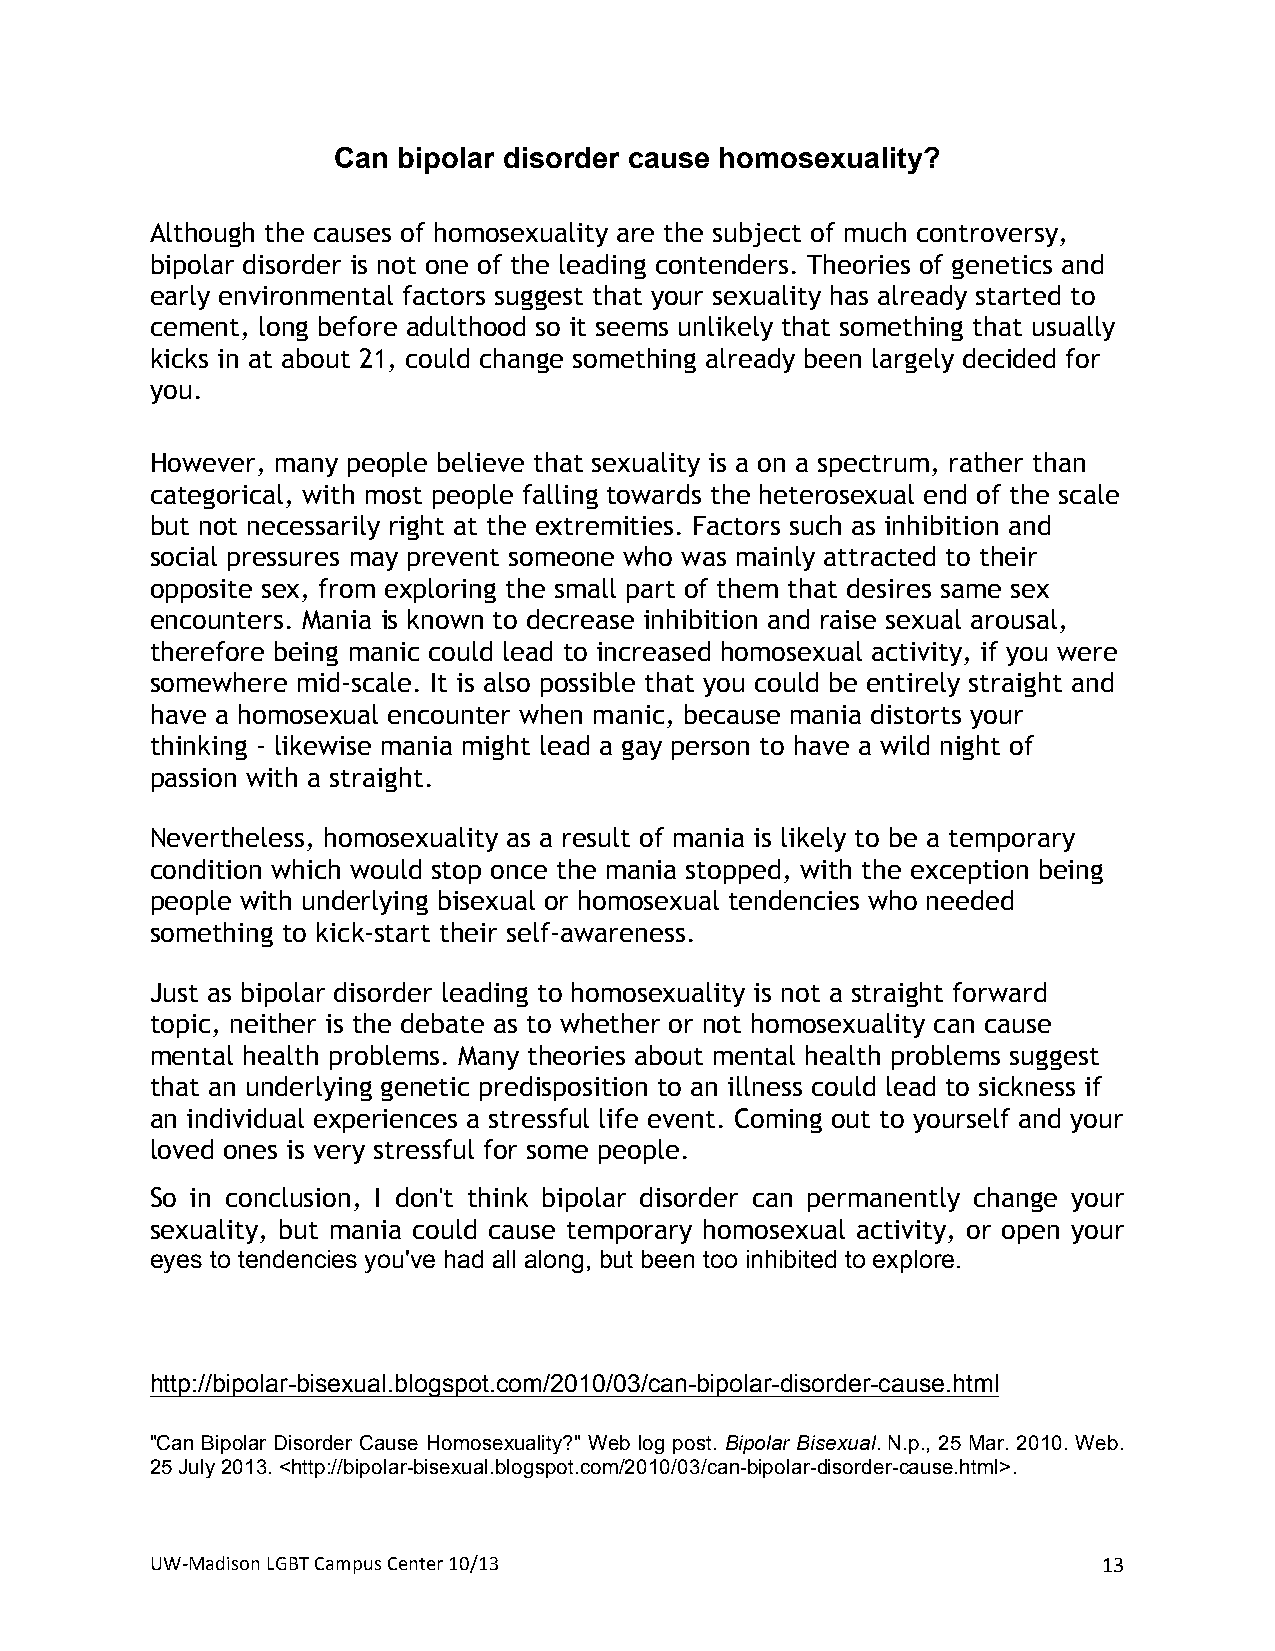
Can bipolar disorder cause homosexuality?
 Although the causes of homosexuality are the subject of much controversy,
 bipolar disorder is not one of the leading contenders. Theories of genetics and
 early environmental factors suggest that your sexuality has already started to
 cement, long before adulthood so it seems unlikely that something that usually
 kicks in at about 21, could change something already been largely decided for
 you.
 However, many people believe that sexuality is a on a spectrum, rather than
 categorical, with most people falling towards the heterosexual end of the scale
 but not necessarily right at the extremities. Factors such as inhibition and
 social pressures may prevent someone who was mainly attracted to their
 opposite sex, from exploring the small part of them that desires same sex
 encounters. Mania is known to decrease inhibition and raise sexual arousal,
 therefore being manic could lead to increased homosexual activity, if you were
 somewhere mid-scale. It is also possible that you could be entirely straight and
 have a homosexual encounter when manic, because mania distorts your
 thinking - likewise mania might lead a gay person to have a wild night of
 passion with a straight.
 Nevertheless, homosexuality as a result of mania is likely to be a temporary
 condition which would stop once the mania stopped, with the exception being
 people with underlying bisexual or homosexual tendencies who needed
 something to kick-start their self-awareness.
 Just as bipolar disorder leading to homosexuality is not a straight forward
 topic, neither is the debate as to whether or not homosexuality can cause
 mental health problems. Many theories about mental health problems suggest
 that an underlying genetic predisposition to an illness could lead to sickness if
 an individual experiences a stressful life event. Coming out to yourself and your
 loved ones is very stressful for some people.
 So in conclusion, I don't think bipolar disorder can permanently change your
 sexuality, but mania could cause temporary homosexual activity, or open your
 eyes to tendencies you've had all along, but been too inhibited to explore.
 http://bipolar-bisexual.blogspot.com/2010/03/can-bipolar-disorder-cause.html
 "Can Bipolar Disorder Cause Homosexuality?" Web log post. Bipolar Bisexual. N.p., 25 Mar. 2010. Web.
 25 July 2013. <http://bipolar-bisexual.blogspot.com/2010/03/can-bipolar-disorder-cause.html>.
 UW#Madison+LGBT+Campus+Center+10/13+                           13+